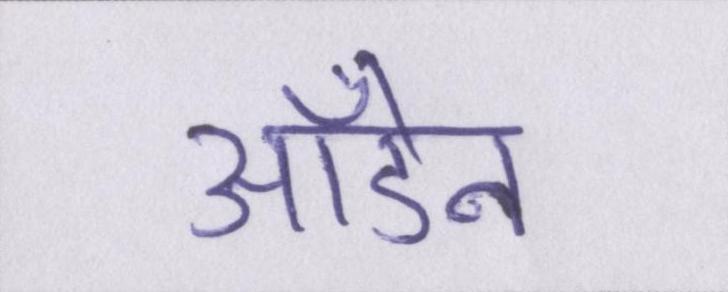
ऑडेन